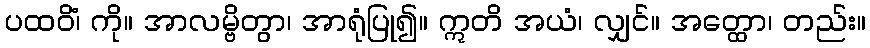
ပထဝိံ၊ ကို။ အာလမ္ဗိတွာ၊ အာရုံပြု၍။ ဣတိ အယံ၊ လျှင်။ အတ္ထော၊ တည်း။